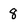
Character: 8